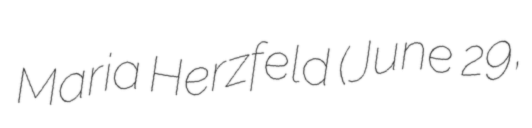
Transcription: Maria Herzfeld (June 29,